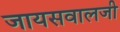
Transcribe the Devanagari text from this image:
जायसवालजी